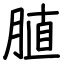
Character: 䐈